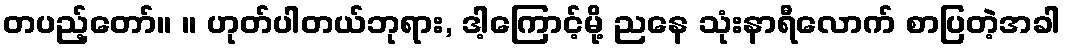
တပည့်တော်။ ။ ဟုတ်ပါတယ်ဘုရား, ဒါ့ကြောင့်မို့ ညနေ သုံးနာရီလောက် စာပြတဲ့အခါ